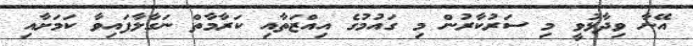
އޭނާ ވިދާޅުވީ މި ސަރުކާރުން މި ގައުމުގެ އިއްޒަތާއި ކަރާމާތް ނަގާލާފައިވާ ކަމަށާއި